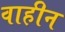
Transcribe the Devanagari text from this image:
वाहीन